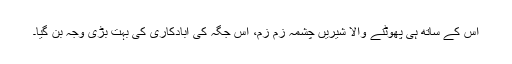
اس کے ساتھ ہی پھوٹنے والا شیریں چشمہ زم زم، اس جگہ کی آبادکاری کی بہت بڑی وجہ بن گیا۔